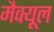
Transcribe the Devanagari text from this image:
मैक्यूल